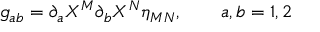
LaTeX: g _ { a b } = \partial _ { a } X ^ { M } \partial _ { b } X ^ { N } \eta _ { M N } , \qquad a , b = 1 , 2